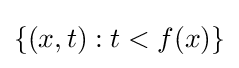
\{(x,t):t<f(x)\}